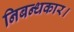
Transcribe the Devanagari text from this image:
निबन्धकार।